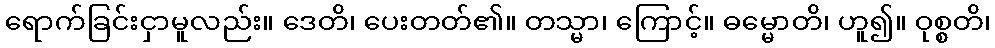
ရောက်ခြင်းငှာမူလည်း။ ဒေတိ၊ ပေးတတ်၏။ တသ္မာ၊ ကြောင့်။ ဓမ္မောတိ၊ ဟူ၍။ ဝုစ္စတိ၊